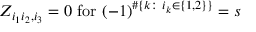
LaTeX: Z _ { i _ { 1 } i _ { 2 } , i _ { 3 } } = 0 \mathrm { ~ f o r ~ } ( - 1 ) ^ { \# \{ k : \ i _ { k } \in \{ 1 , 2 \} \} } = s